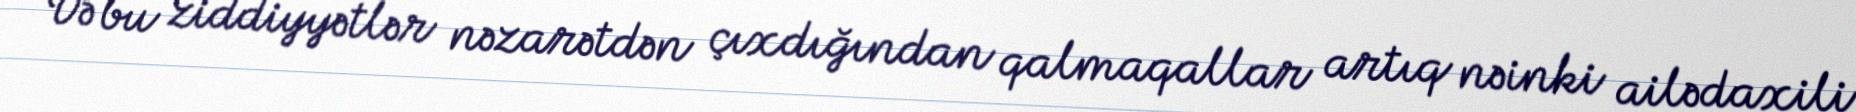
Və bu ziddiyyətlər nəzarətdən çıxdığından qalmaqallar artıq nəinki ailədaxili